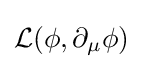
{\mathcal {L}}(\phi ,\partial _{\mu }\phi )